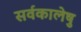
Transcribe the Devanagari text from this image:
सर्वकालेषु